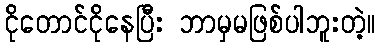
ငိုတောင်ငိုနေပြီး ဘာမှမဖြစ်ပါဘူးတဲ့။